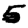
Digit: 5